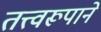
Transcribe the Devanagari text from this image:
तत्त्वरूपाने